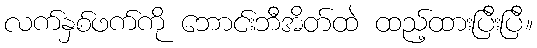
လက်နှစ်ဖက်ကို ဘောင်းဘီအိတ်ထဲ ထည့်ထားပြီးပြီ။